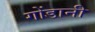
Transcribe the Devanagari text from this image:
गोंडानी